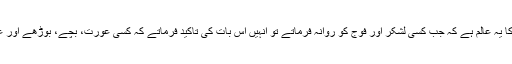
اس شجاعت کے ساتھ رحم دلی اور عدل و اِنصاف کا یہ عالم ہے کہ جب کسی لشکر اور فوج کو روانہ فرماتے تو انہیں اس بات کی تاکید فرماتے کہ کسی عورت، بچے، بوڑھے اور عبادت میں مشغول اِنسان کو ہرگر قتل نہ کیا جائے۔